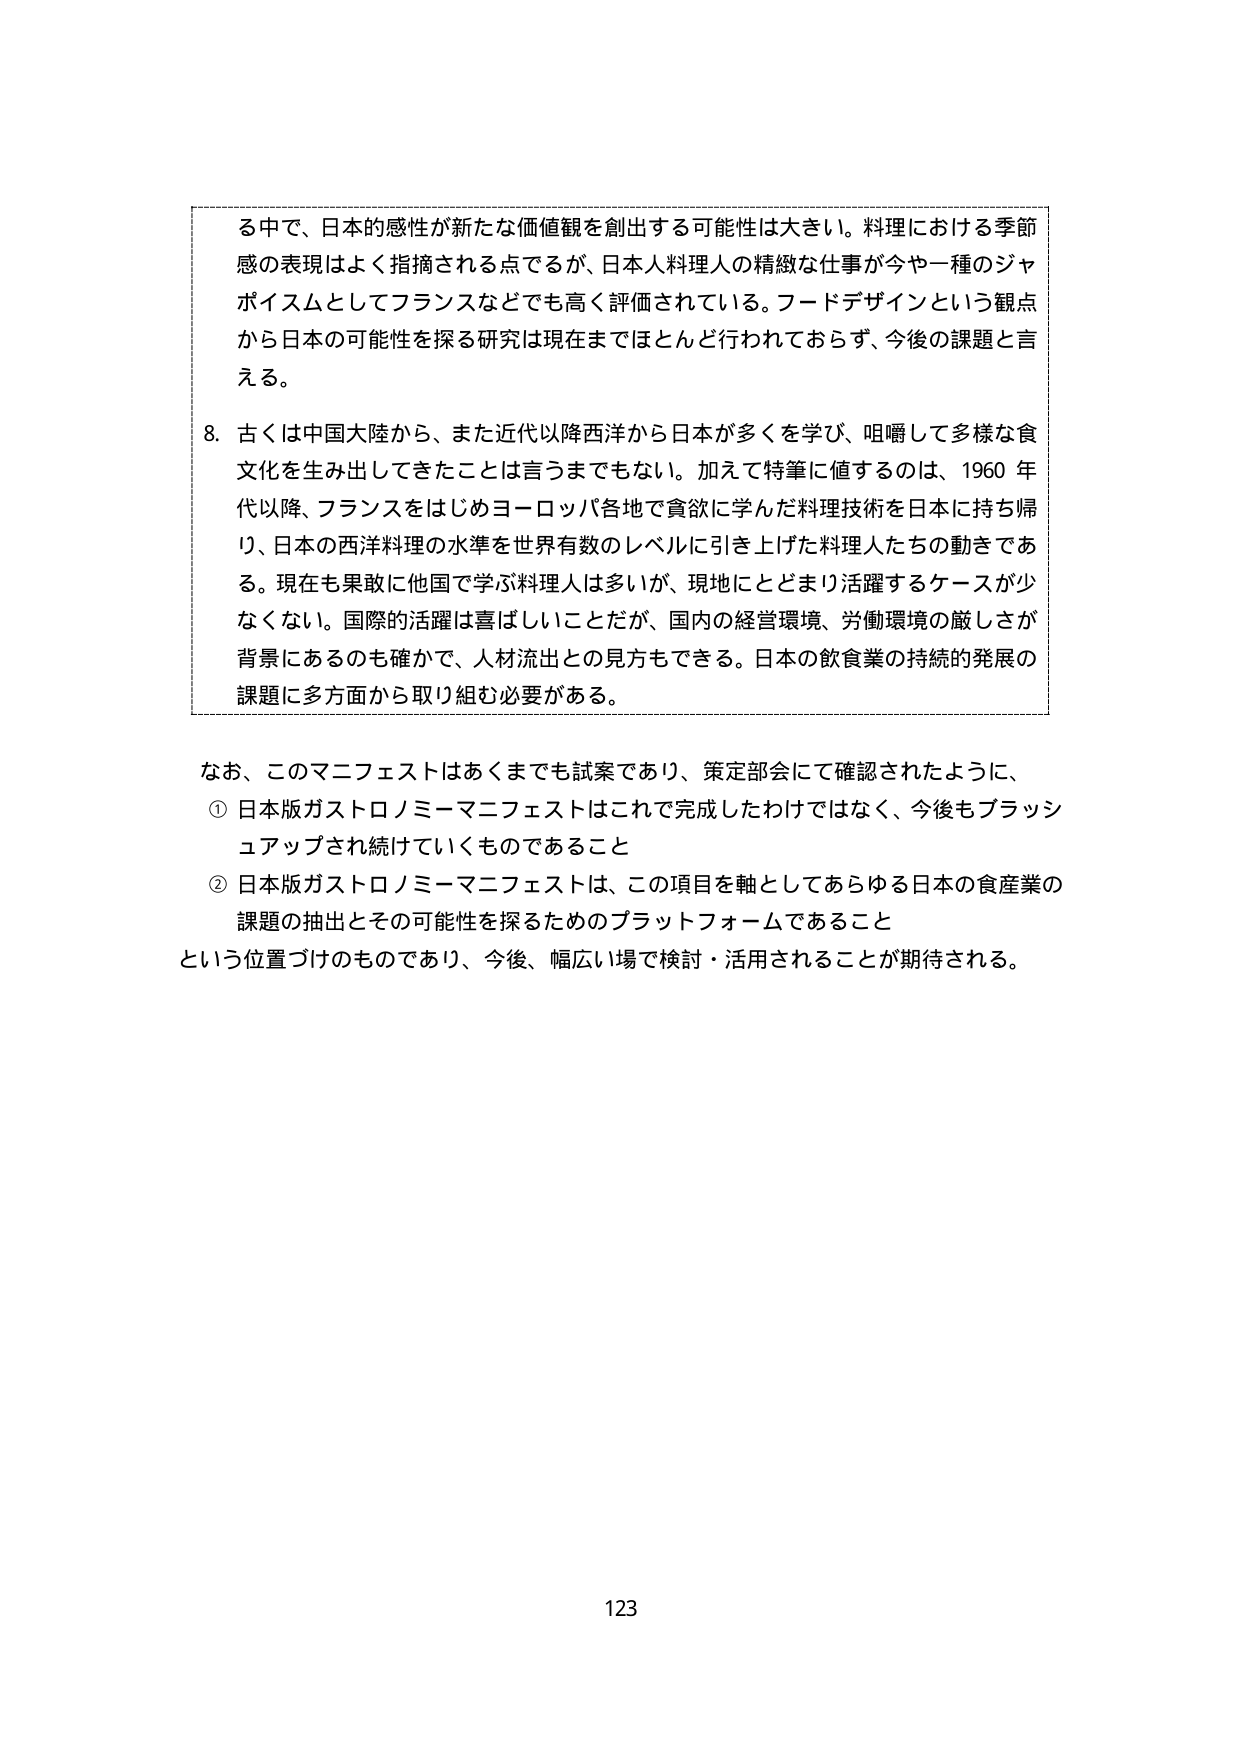
る中で、日本的感性が新たな価値観を創出する可能性は大きい。料理における季節感の表現はよく指摘される点であるが、日本人料理人の精緻な仕事が今や一種のジャポイスムとしてフランスなどでも高く評価されている。フードデザインという観点から日本の可能性を探る研究は現在までほとんど行われておらず、今後の課題と言える。

8. 古くは中国大陸から、また近代以降西洋から日本が多くを学び、咀嚼して多様な食文化を生み出してきたことは言うまでもない。加えて特筆に値するのは、1960年代以降、フランスをはじめヨーロッパ各地で貪欲に学んだ料理技術を日本に持ち帰り、日本の西洋料理の水準を世界有数のレベルに引き上げた料理人たちの動きである。現在も果敢に他国で学ぶ料理人は多いが、現地にとどまり活躍するケースが少なくない。国際的活躍は喜ばしいことだが、国内の経営環境、労働環境の厳しさが背景にあるのも確かで、人材流出との見方もできる。日本の飲食業の持続的発展の課題に多方面から取り組む必要がある。

なお、このマニフェストはあくまでも試案であり、策定部会にて確認されたように、
① 日本版ガストロノミーマニフェストはこれで完成したわけではなく、今後もブラッシュアップされ続けていくものであること
② 日本版ガストロノミーマニフェストは、この項目を軸としてあらゆる日本の食産業の課題の抽出とその可能性を探るためのプラットフォームであること
という位置づけのものであり、今後、幅広い場で検討・活用されることが期待される。

123